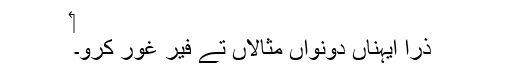
‏
ذرا ایہناں دونواں مثالاں تے فیر غور کرو۔